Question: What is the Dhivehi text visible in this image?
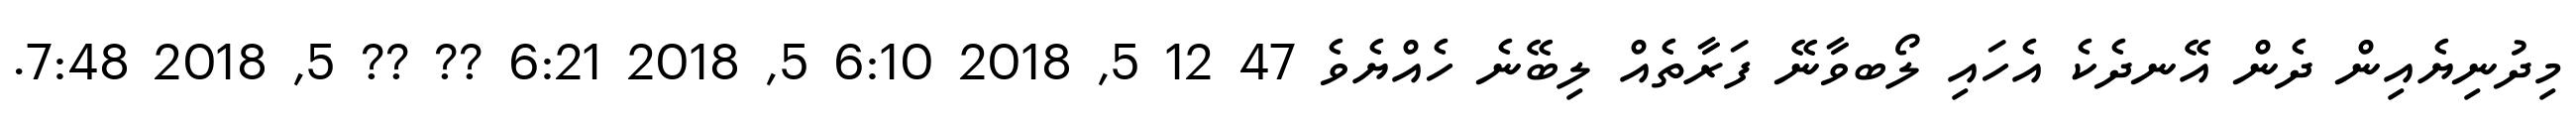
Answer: މިދުނިޔެއިން ދެން އޭނދެކެ އެހައި ލޯބވާނޭ ފަރާތެއް ލިބޭނެ ހެއްޔެވެ 47 12 5, 2018 6:10 5, 2018 6:21 ?? ?? 5, 2018 7:48.